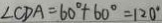
\angle C D A = 6 0 ^ { \circ } + 6 0 ^ { \circ } = 1 2 0 ^ { \circ }